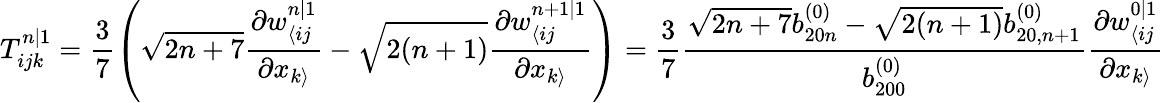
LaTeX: T_{ijk}^{n|1}=\frac{3}{7}\left(\sqrt{2n+7}\frac{\partial w_{\langle ij}^{n|1}}{\partial x_{k\rangle}}-\sqrt{2(n+1)}\frac{\partial w_{\langle ij}^{n+1|1}}{\partial x_{k\rangle}}\right)=\frac{3}{7}\frac{\sqrt{2n+7}b_{20n}^{(0)}-\sqrt{2(n+1)}b_{20,n+1}^{(0)}}{b_{200}^{(0)}}\frac{\partial w_{\langle ij}^{0|1}}{\partial x_{k\rangle}}